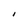
Character: I